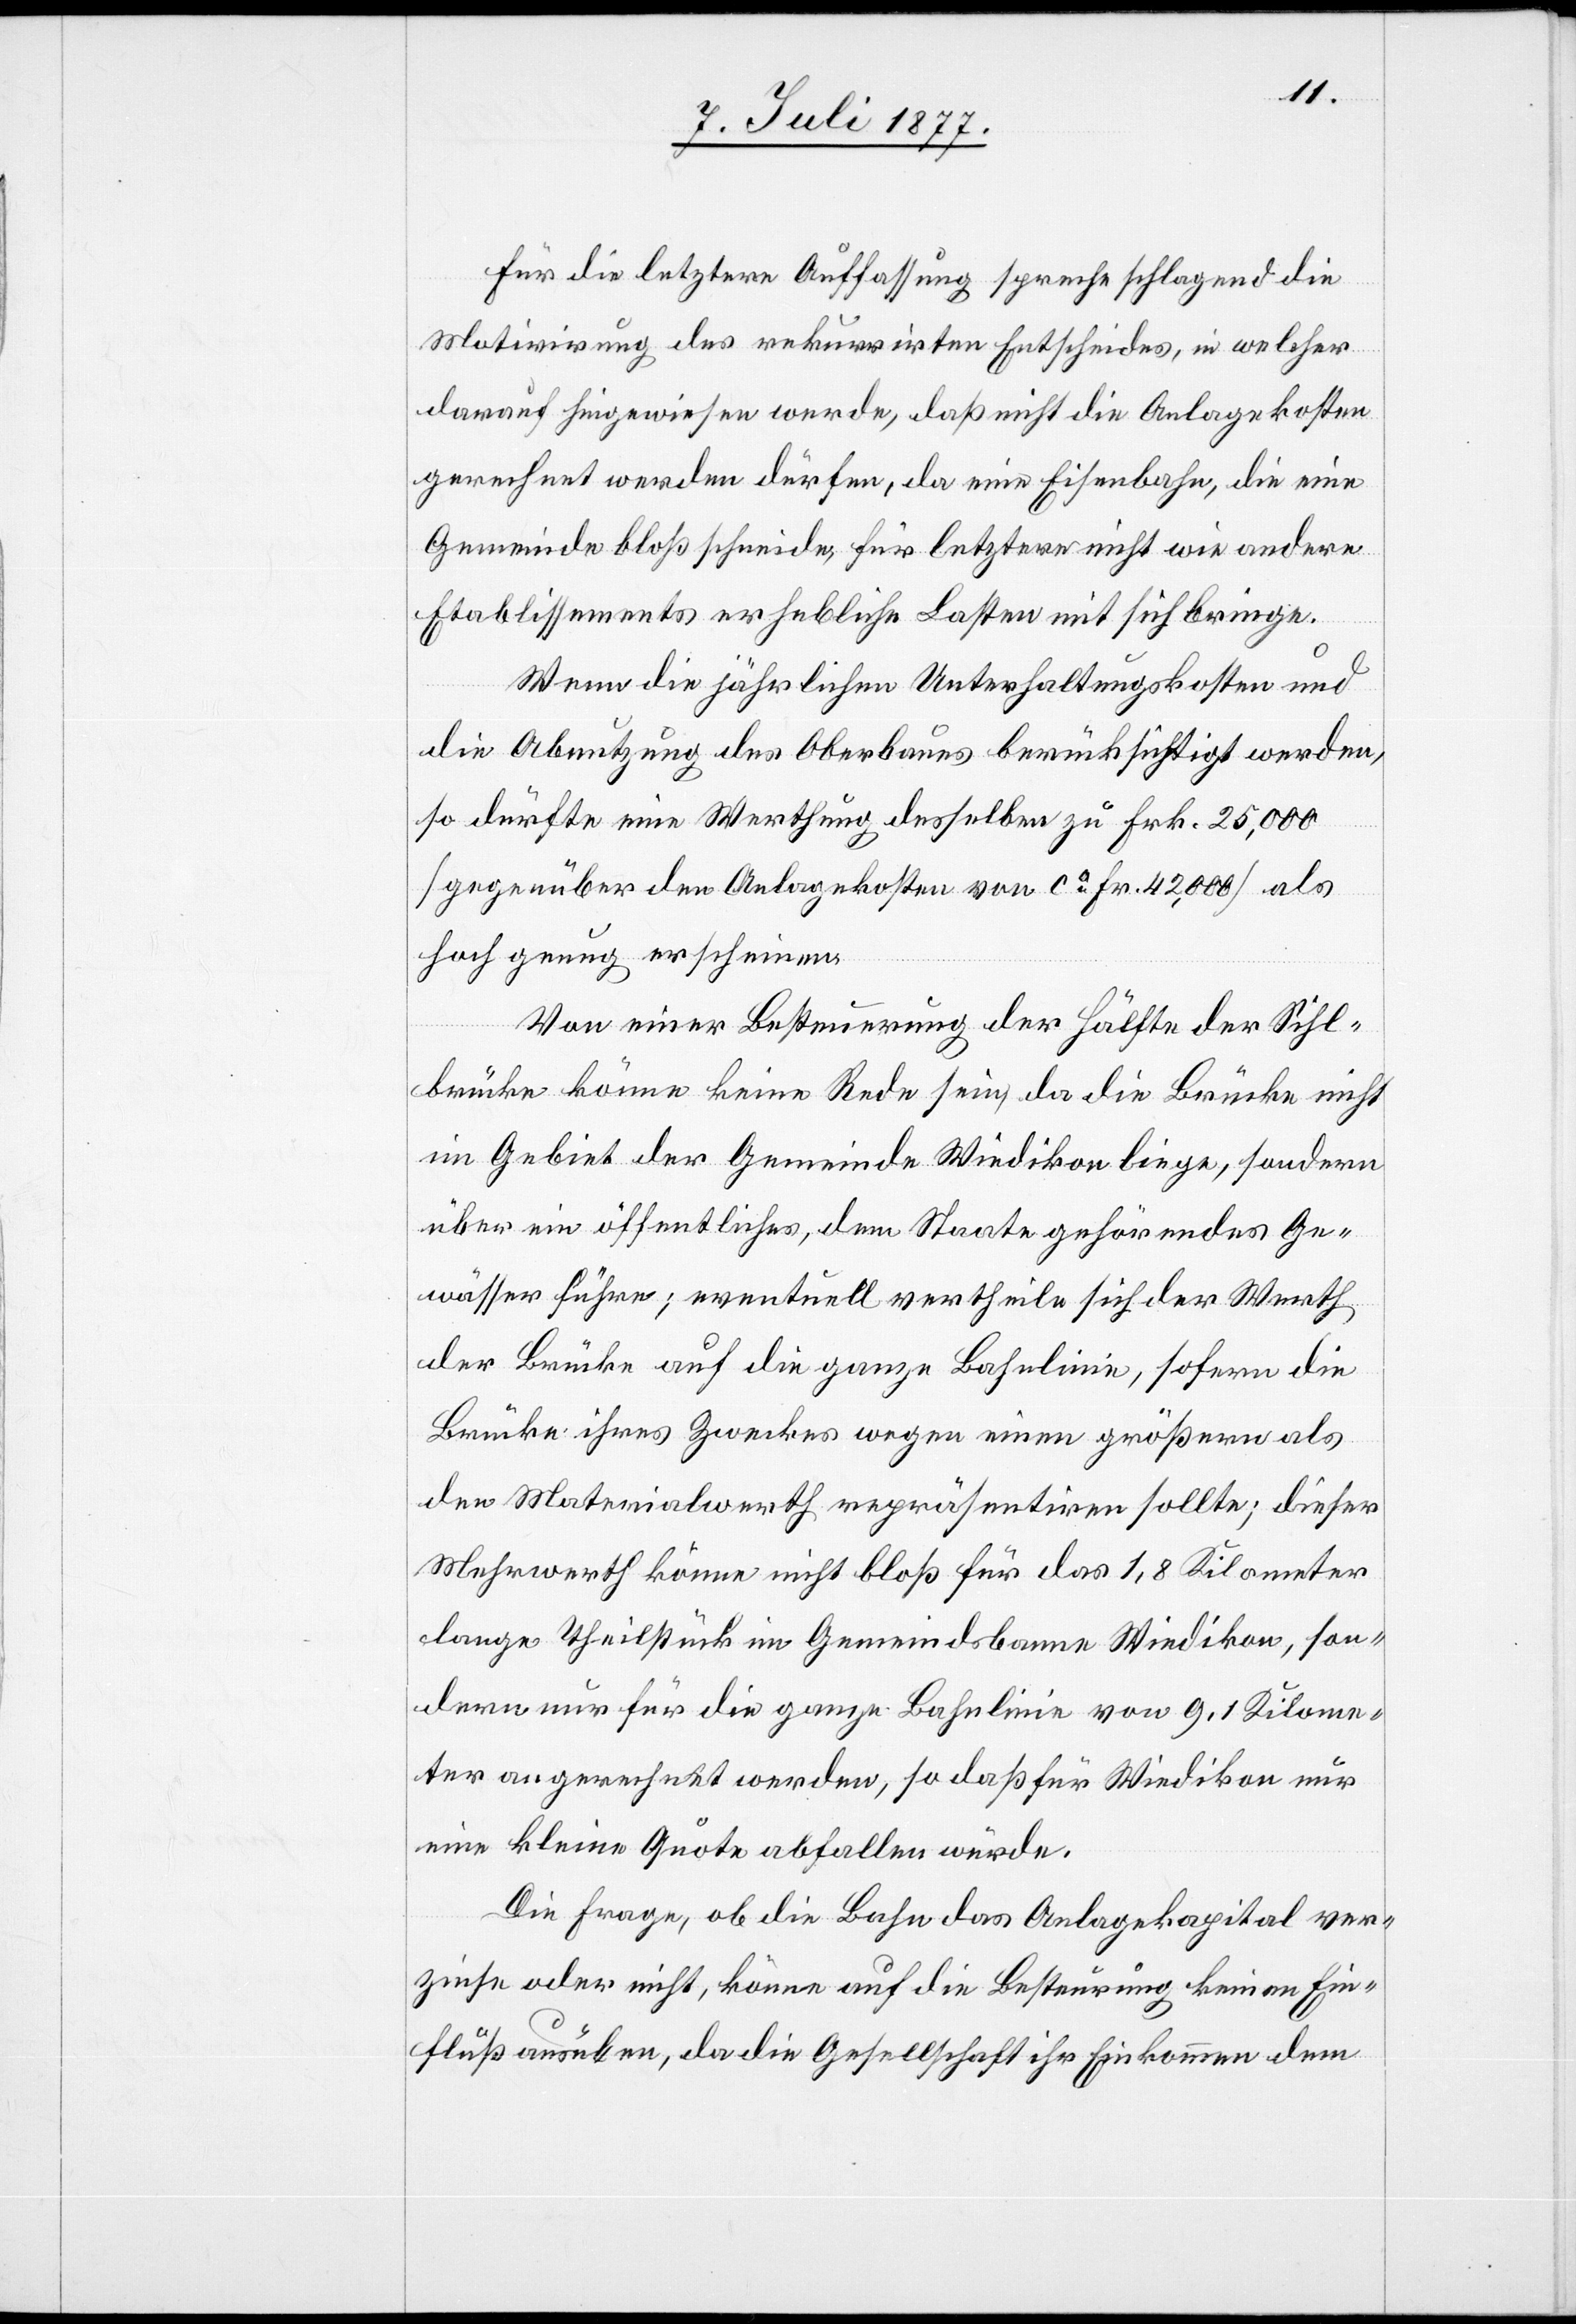
Für die letztere Auffassung spreche schlagend die
Motivirung des rekurrirten Entscheides, in welcher
darauf hingewiesen werde, das nicht die Anlagekosten
gerechnet werden dürfen, da eine Eisenbahn, die eine
Gemeinde bloß schneide, für letztere nicht wie andere
Etablissements erhebliche Lasten mit sich bringe.
Wenn die jährlichen Unterhaltungskosten und
die Abnutzung des Oberbaues berücksichtigt werden,
so dürfte eine Werthung desselben zu Frk. 25,000
[gegenüber den Anlagekosten von ca Fr. 42,000] als
hoch genug erscheinen.
Von einer Besteuerung der Hälfte der Sihl¬
brücke könne keine Rede sein, da die Brücke nicht
im Gebiet der Gemeinde Wiedikon liege, sondern
über ein öffentliches, dem Staate gehörendes Ge¬
wässer führe; eventuell vertheile sich der Werth
der Brücke auf die ganze Bahnlinie, sofern die
Brücke ihres Zweckes wegen einen größern als
den Materialwerth repräsentiren sollte; dieser
Mehrwerth könne nicht bloß für das 1,8 Kilometer
lange Theilstück im Gemeindsbanne Wiedikon, son¬
dern nur für die ganze Bahnlinie von 9,1 Kilome¬
ter angerechnet werden, so daß für Wiedikon nur
eine kleine Quote abfallen würde.
Die Frage, ob die Bahn das Anlagekapital ver¬
zinse oder nicht, könne auf die Besteurung keinen Ein¬
fluß ausüben, da die Gesellschaft ihr Einkommen dem